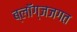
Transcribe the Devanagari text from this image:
ब्लॉग्जजगत